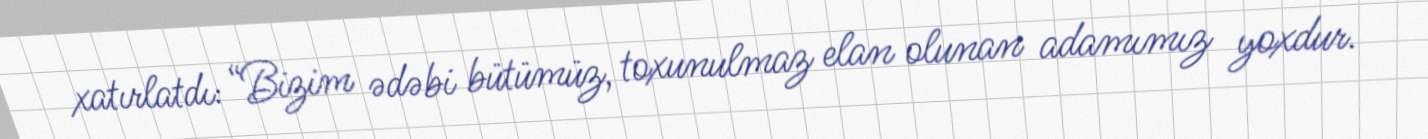
xatırlatdı: “Bizim ədəbi bütümüz, toxunulmaz elan olunan adamımız yoxdur.